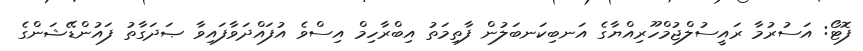
ފޮޓޯ: އަސުރުމާ ރައީސުލްޖުމްހޫރިއްޔާގެ އަނބިކަނބަލުން ފާތިމަތު އިބްރާހިމް އިސްވެ އުފައްދަވާފައިވާ ޞަދަގާތު ފައުންޑޭޝަންގެ